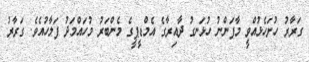
ގަރާރު ހުށަހެޅުއްވީ މާފަންނު ހުޅަނގު ދާއިރާގެ އެމްޑީޕީގެ މެންބަރު މުހައްމަދު ފަލާހުއެވެ. ގަރާރު